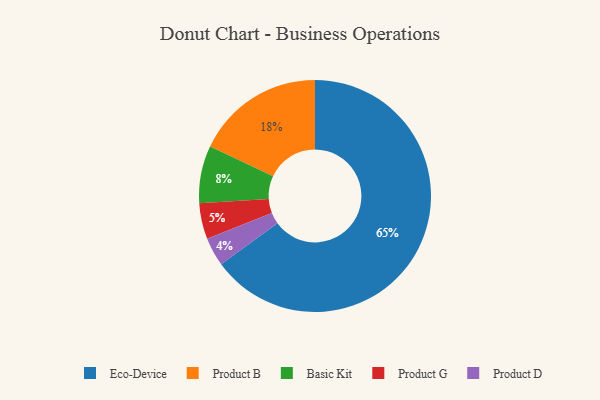
{"axis": {"x": "Category", "y": "Percentage"}, "legend": ["Basic Kit", "Eco-Device", "Product B", "Product D", "Product G"], "data": [{"x": "Product B", "y": 18, "type": "Product B"}, {"x": "Product G", "y": 5, "type": "Product G"}, {"x": "Product D", "y": 4, "type": "Product D"}, {"x": "Eco-Device", "y": 65, "type": "Eco-Device"}, {"x": "Basic Kit", "y": 8, "type": "Basic Kit"}]}